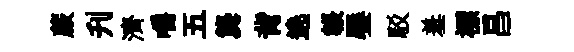
蕨刋濟嚼五龔背遶韔饜駁羞褾昌